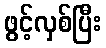
ဖွင့်လှစ်ပြီး